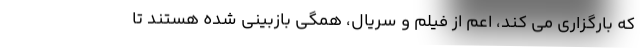
که بارگزاری می کند، اعم از فیلم و سریال، همگی بازبینی شده هستند تا